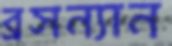
ব্রসন্যান